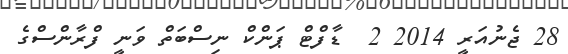
28 ޖެނުއަރީ 2014 2  ޑާފްޓް ޕަންކް ނިސްބަތް ވަނީ ފްރާންސްގެ